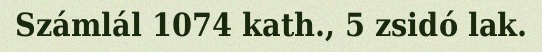
Számlál 1074 kath., 5 zsidó lak.